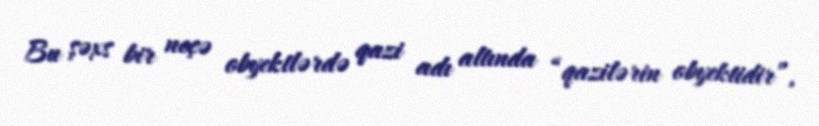
Bu şəxs bir neçə obyektlərdə qazi adı altında “qazilərin obyektidir”,